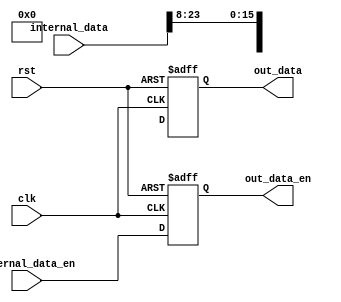
module outport
  #(parameter OUT_MSB = 23,
    parameter MSB = 31, // internal MSB used
    parameter NUM_BITS_DECIMAL = 8) // number of decimal bits to chop off, you can say less if you want some decimalbits
   (
    input	       clk,
    input	       rst,
    input [OUT_MSB:0]  internal_data,
    input	       internal_data_en,
    output reg [MSB:0] out_data,
    output reg	       out_data_en
    );

   localparam		  MSB_NO_OVERFLOW = OUT_MSB + NUM_BITS_DECIMAL;
   localparam		  NUM_OVERFLOW_BITS = MSB - MSB_NO_OVERFLOW;

   wire			  sign_bit;
   assign sign_bit = internal_data[MSB];
   wire			  overflow;
   generate
      if (NUM_OVERFLOW_BITS > 0) begin
	 wire [NUM_OVERFLOW_BITS-1:0] potential_overflow_bits;
	 assign potential_overflow_bits = internal_data[MSB-1:MSB_NO_OVERFLOW];
	 assign overflow  = |{NUM_OVERFLOW_BITS{sign_bit}}^potential_overflow_bits;
      end
      else begin
	 assign overflow = 0; // cannot overflow as MSB = OUT_MSB
      end
   endgenerate
   
   always @(posedge rst or posedge clk) begin
      if(rst) begin
	 out_data <= 0;
	 out_data_en <= 0;
      end
      else begin
	 if(overflow) // clip to max if overflow, might be worth exporting this bit?
	   out_data <= {sign_bit,{OUT_MSB{~sign_bit}}};
	 else
	   out_data <= {sign_bit,internal_data[NUM_BITS_DECIMAL+:OUT_MSB-1]};
	 out_data_en <= internal_data_en;
      end
   end	
endmodule // inport